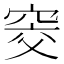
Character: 窔